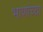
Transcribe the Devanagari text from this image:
भाणांच्या